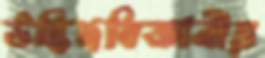
উদ্ভিদবিজ্ঞানীয়